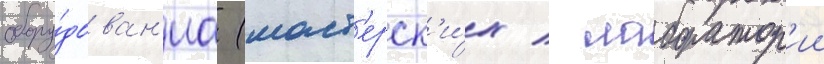
обору́дован'иа (маст'ерск'и́х / лаборатор'ии